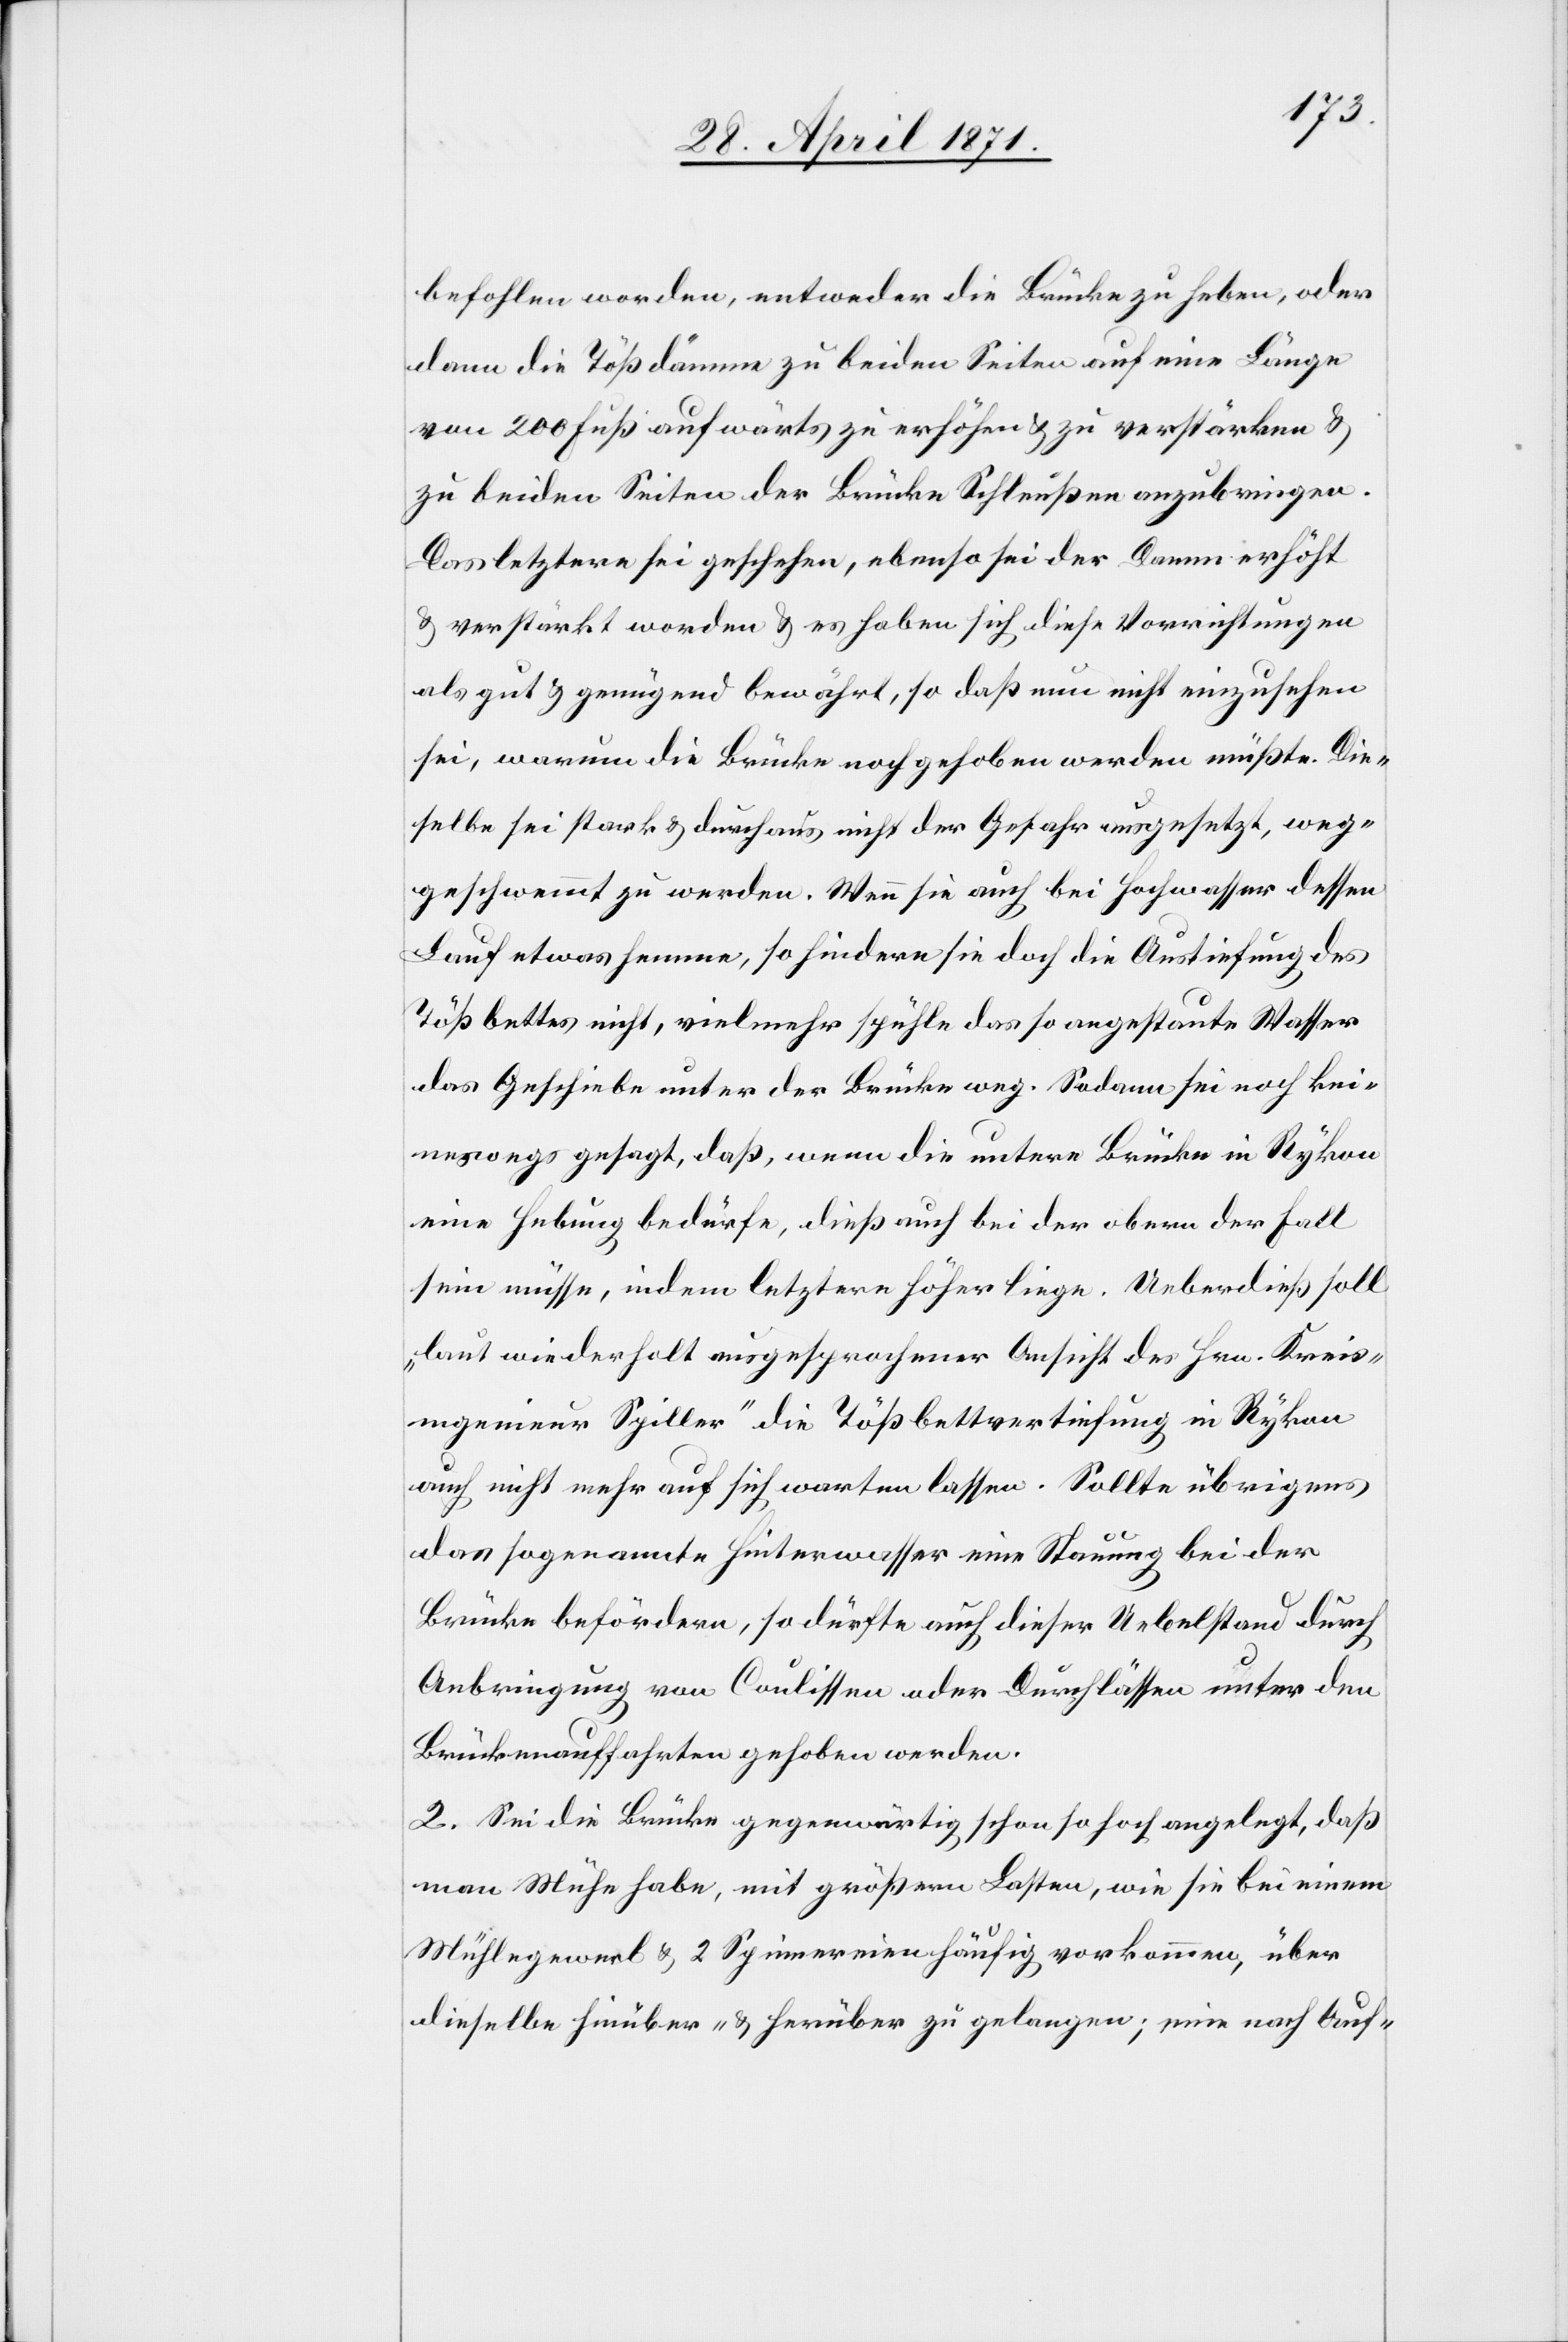
befohlen worden, entweder die Brücke zu heben, oder
dann die Tößdämme zu beiden Seiten auf eine Länge
von 200 Fuß aufwärts zu erhöhen u. zu verstärken u.
zu beiden Seiten der Brücke Schleußen anzubringen.
Das letztere sei geschehen, ebenso sei der Damm erhöht
u. verstärkt worden u. es haben sich diese Vorrichtungen
als gut u. genügend bewährt, so daß nun nicht einzusehen
sei, warum die Brücke noch gehoben werden müßte. Die¬
selbe sei stark u. durchaus nicht der Gefahr ausgesetzt, weg¬
geschwemmt zu werden. Wenn sie auch bei Hochwasser dessen
Lauf etwas hemme, so hindere sie doch die Austiefung des
Tößbettes nicht, vielmehr spühle das so angestaute Wasser
das Geschiebe unter der Brücke weg. Sodann sei noch kei¬
neswegs gesagt, daß, wenn die untere Brücke in Rykon
eine Hebung bedürfe, dieß auch bei der obern der Fall
sein müsse, indem letztere höher liege. Ueberdieß soll
„laut wiederholt ausgesprochener Ansicht des Hrn. Kreis¬
ingenieur Spiller“ die Tößbettvertiefung in Rykon
auch nicht mehr auf sich warten lassen. Sollte übrigens
das sogenannte Hinterwasser eine Stauung bei der
Brücke befördern, so dürfte auch dieser Uebelstand durch
Anbringung von Coulissen oder Durchlässen unter den
Brückenauffahrten gehoben werden.
2. Sei die Brücke gegenwärtig schon so hoch angelegt, daß
man Mühe habe, mit größern Lasten, wie sie bei einem
Mühlegewerb u. 2 Spinnereien häufig vorkommen, über
dieselbe hinüber- u. herüber zu gelangen; eine nach Auf-